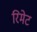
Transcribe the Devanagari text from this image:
रिमेट